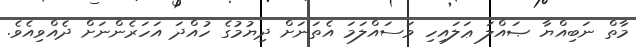
މާތް ނަބިއްޔާ ޞައްލަ ޢަލައިހި ވަސައްލަމަ އެތަނަށް ދިޔުމުގެ ހުއްދަ އަހަރެންނަށް ދެއްވިއެވެ.